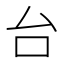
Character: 台